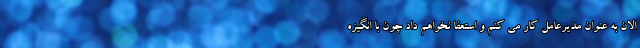
الان به عنوان مدیرعامل کار می کنم و استعفا نخواهم داد چون با انگیزه